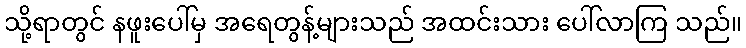
သို့ရာတွင် နဖူးပေါ်မှ အရေတွန့်များသည် အထင်းသား ပေါ်လာကြ သည်။